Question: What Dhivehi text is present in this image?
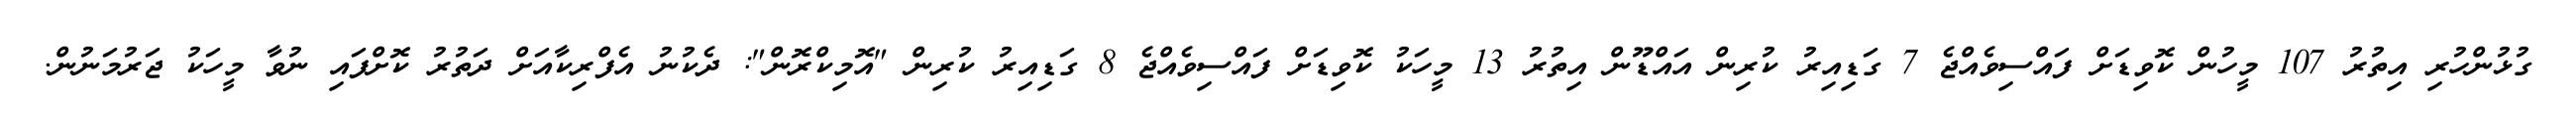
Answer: ގުޅުންހުރި އިތުރު 107 މީހުން ކޮވިޑަށް ފައްސިވެއްޖެ 7 ގަޑިއިރު ކުރިން އައްޑޫން އިތުރު 13 މީހަކު ކޮވިޑަށް ފައްސިވެއްޖެ 8 ގަޑިއިރު ކުރިން "އޮމިކްރޮން": ދެކުނު އެފްރިކާއަށް ދަތުރު ކޮށްފައި ނުވާ މީހަކު ޖަރުމަނުން.